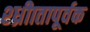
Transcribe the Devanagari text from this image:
श्ध्रीातापूर्वक